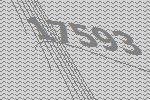
17593